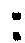
: